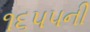
૧૬૫૫ની